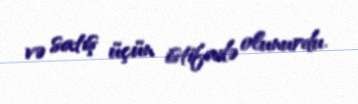
və satış üçün istifadə olunurdu.